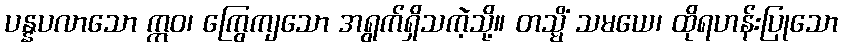
ပန္နပလာသော ဣဝ၊ ကြွေကျသော အရွက်ရှိသကဲ့သို့။ တသ္မိံ သမယေ၊ ထိုရဟန်းပြုသော